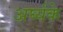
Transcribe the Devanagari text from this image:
अर्घ्यके